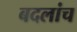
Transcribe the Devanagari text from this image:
बदलांच